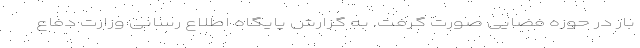
بار در حوزه فضایی صورت گرفت. به گزارش پایگاه اطلاع رسانی وزارت دفاع